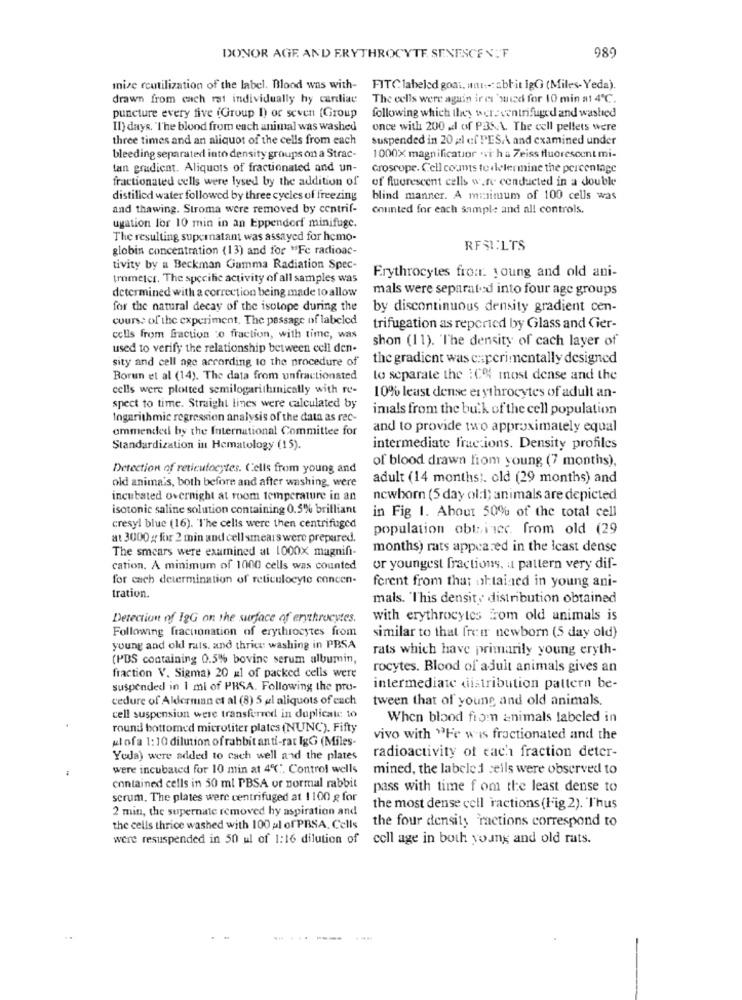
989
DONOR AGE. AND ERYTHROCYTE SENESCEN.F
mize reutilization of the label. Blood was with-
FITC labeled goat. mnt :-: abrit lgG (Miles-Yeda).
drawn from cach rat individually hy cardiac
The cells were again irei 'wied for 10 min a1 4℃.
puncture every five (Group I) or seven {Group
following which they were centrifuged and washed
Il) days. "The blood from each animal was washed
once with 200 .d of P3: \. The cell pellets were
three times and an aliquot of the cells from each
suspended in 20 pl cf PESA and examined under
bleeding separated into density groups on a Strac-
1000X magnification .vi h a Zeiss fluorescent mi-
tan gradient. Aliquots of fractionaled and un-
Groscope. Cell counts to determine the percentage
fractionated cells were lysed by the addition of
of fluorescent cells were conducted in a double
distilled water followed by three cycles of freezing
blind manner. A minimum of 100 cells was
and thawing. Stroma were removed by centrif-
counted for each sample and all controls.
ugation lor 10 min in an Eppendorf minifuge.
The resulting supernatant was assayed for hemo-
globin concentration (13) and for "Fe radioac-
RFSI:LTS
tivity by a Beckman Gamma Radiation Spec-
tromelcr. The specific activity of all samples was
Erythrocytes from. young and old ani-
determined with a correction being made to allow
mals were separated into four age groups
for the natural decay of the isotope during the
by discontinuous density gradient cen-
cours: of the experiment. The passage of labeled
trifugation as reported by Glass and Gier-
cells from fraction :o fraction, with time, was
shon (11). 'The density of cach layer of
used to verify the relationship between cell den-
sity and cell age according to the procedure of
the gradient was experimentally designed
Borun et al (14). The data from unfractionated
to separate the ICH most dense and the
cells were plotted semilogarithmically with re-
10% least dense erythrocytes of adult an-
spect to time. Straight lines were calculated by
imals from the bulk of the cell population
Ingarithmic regression analysis of the data as rec-
ammended by the International Committee for
and to provide two approximately equal
Standardization in Hematology (15).
intermediate fractions. Density profiles
of blood drawn from young (7 months),
Detection of reticulocytes. Cells from young and
old anima's, both before and after washing, were
adult (14 months). old (29 months) and
incubated overnight at room temperature in an
newborn (5 day ol:1) animals are depicted
isotonic saline solution containing 0.5% brilliant
in Fig 1. About 50% of the total cell
cresyl blue (16). The cells were then centrifuged
population obtinec. from old (29
at 3000 # for 2 min and cell smears were prepared.
The smears were examined at 1000X magnifi-
months) rats appeared in the Icast dense
cation. A minimum of 1000 cells was counted
or youngest fractions, a pattern very dif-
for cach determination of reticulocyte concen-
ferent from that obtained in young ani-
tration.
mals. "This density distribution obtained
Detection of IgG on the surface of erythrocytes.
with erythrocytes from old animals is
Following fracnonation of erythrocytes from
similar to that freir newborn (5 day old)
young and old rats, and thrice washing in PBSA
rats which have primarily young eryth-
(PDS containing 0.5% bovine serum albumin,
rocytes. Blood of adult animals gives an
fraction V. Sigma) 20 x1 of packed cells were
suspended in I mi of PRSA. Following the pro-
intermediate distribution pattern be-
cedure of Alderman et al (8) 5 al aliquots of each
tween that of young and old animals.
cell suspension were transferred in duplicate to
When blood from animals labeled in
round bottomed microtiter plates (NUNC). Fifty
ul ofa 1:10 dilution of rabbit anti-rat IgG (Miles-
vivo with "Fe wis fractionated and the
Yedla) were added to cach well and the plates
radioactivity of each fraction deter-
were incubated for 10 min at 4℃". Control wells
mined, the labeled cells were observed to
contained cells in 50 ml PBSA or normal rabbit
pass with time f om the least dense to
scrum, The plates were centrifuged at 1100 g for
2 min, the supernate removed hy aspiration and
the most dense cell ractions (lig 2). Thus
the four density "ractions correspond to
the cells thrice washed with 100 al of PRSA. Cells
were resuspended in 50 ul of 1:16 dilution of cell age in both young and old rats.
..